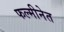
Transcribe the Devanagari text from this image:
फल्मीनेत